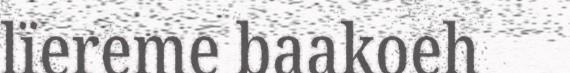
lïereme baakoeh